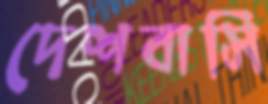
দেশবাসি